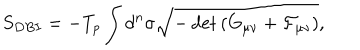
S _ { D B I } = - T _ { p } \int d ^ { n } \sigma \sqrt { - \det { \left( G _ { \mu \nu } + \cal { F } _ { \mu \nu } \right) } } ,